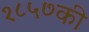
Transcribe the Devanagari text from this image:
१८५७की